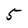
Character: 5